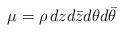
LaTeX: \begin{align*} \mu = \rho\, dz d\bar z d\theta d\bar\theta\end{align*}